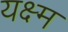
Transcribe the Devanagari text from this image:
यक्ष्म